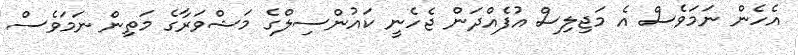
އެހެން ނަމަވެސް އެ މަޖިލިސް އުފެއްދަން ޖެހެނީ ކައުންސިލްގެ މަޝްވަރާގެ މަތިން ނަމަވެސް